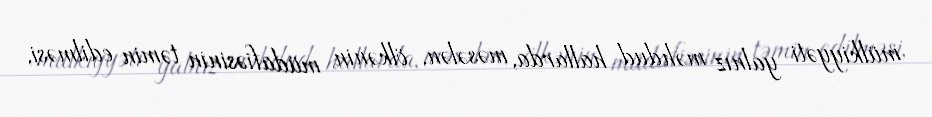
mülkiyyəti yalnız məhdud hallarda, məsələn, ölkənin müdafiəsinin təmin edilməsi,